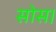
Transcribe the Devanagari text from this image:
सोस।